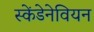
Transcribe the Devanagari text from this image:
स्केंडेनेवियन